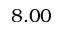
8 . 0 0